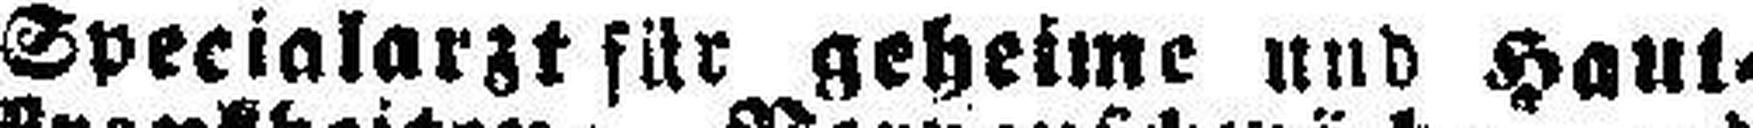
Specialarzt für geheime und Haut-